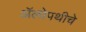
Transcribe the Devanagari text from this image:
अॅलोपथीचे